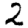
Digit: 2